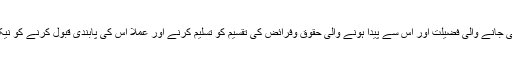
چنانچہ وہ خاوند کو اللہ تعالیٰ کی طرف سے عطا کی جانے والی فضیلت اور اس سے پیدا ہونے والی حقوق وفرائض کی تقسیم کو تسلیم کرنے اور عملاً اس کی پابندی قبول کرنے کو نیکی، تقویٰ اور اطاعت کی لازمی شرط قرار دیتا ہے۔